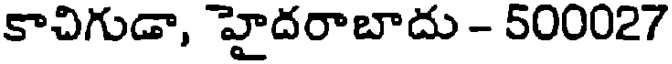
కాచిగుడా, హైదరాబాదు - 500027